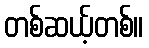
တစ်ဆယ့်တစ်။